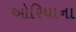
ઓરિયાના